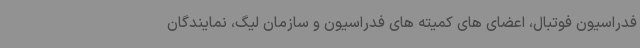
فدراسیون فوتبال، اعضای های کمیته های فدراسیون و سازمان لیگ، نمایندگان